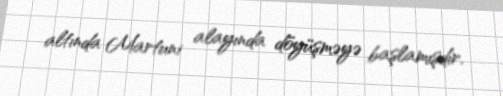
altında Martuni alayında döyüşməyə başlamışdır.